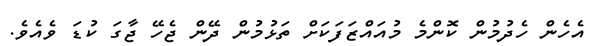
އެހެން ހެދުމުން ކޮންމެ މުއައްޒަފަކަށް ތަޅުމުން ދޭން ޖެހޭ ޖާގަ ކުޑަ ވެއެވެ.